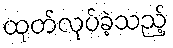
ထုတ်လုပ်ခဲ့သည့်